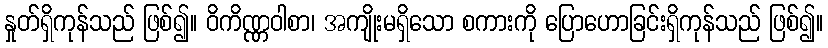
နှုတ်ရှိကုန်သည် ဖြစ်၍။ ဝိကိဏ္ဏဝါစာ၊ အကျိုးမရှိသော စကားကို ပြောဟောခြင်းရှိကုန်သည် ဖြစ်၍။